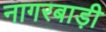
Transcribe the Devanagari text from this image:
नागरबाड़ी